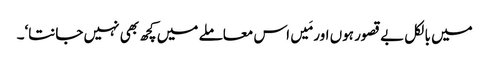
میں بالکل بے قصور ہوں اور مَیں اس معاملے میں کچھ بھی نہیں جانتا‘۔